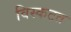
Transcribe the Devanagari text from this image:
विस्कटत